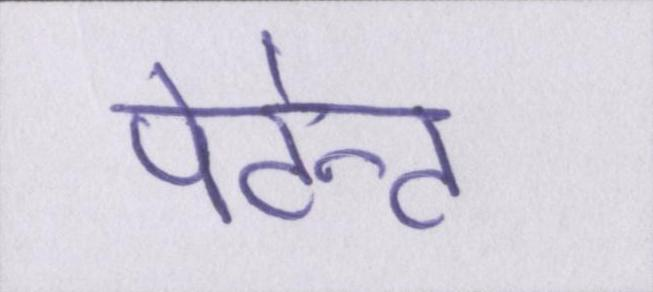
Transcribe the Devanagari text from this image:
पेटेन्ट